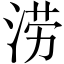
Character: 涝